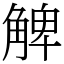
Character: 䚜